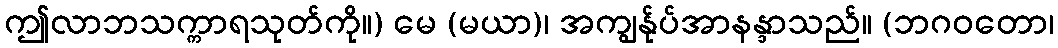
ဤလာဘသက္ကာရသုတ်ကို။) မေ (မယာ)၊ အကျွန်ုပ်အာနန္ဒာသည်။ (ဘဂဝတော၊